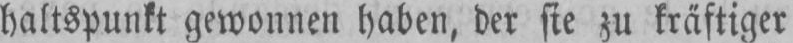
haltspunkt gewonnen haben, der sie zu kräftiger